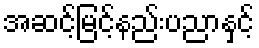
အဆင့်မြင့်နည်းပညာနှင့်